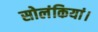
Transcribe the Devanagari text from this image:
सोलंकियां।